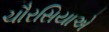
ચૌરસિયાએ